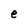
Character: e